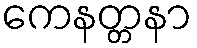
ကေနတ္တနာ